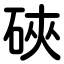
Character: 硤